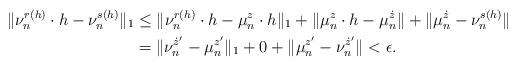
LaTeX: \begin{align*} \|\nu_{n}^{r(h)}\cdot h -\nu_{n}^{s(h)}\|_{1}&\le \|\nu_{n}^{r(h)}\cdot h -\mu_{n}^{z}\cdot h\|_{1}+\| \mu_{n}^{z}\cdot h - \mu_{n}^{\dot z}\| + \|\mu_{n}^{\dot z} - \nu_{n}^{s(h)}\| \\ &= \|\nu_{n}^{\dot z'}-\mu_{n}^{z'}\|_{1}+0+\|\mu_{n}^{z'} - \nu_{n}^{\dot z'}\| <\epsilon. \end{align*}